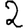
Digit: 2